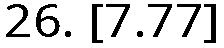
26. [7.77]